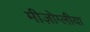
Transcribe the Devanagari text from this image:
मीज़ोग्लीया